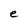
Character: e